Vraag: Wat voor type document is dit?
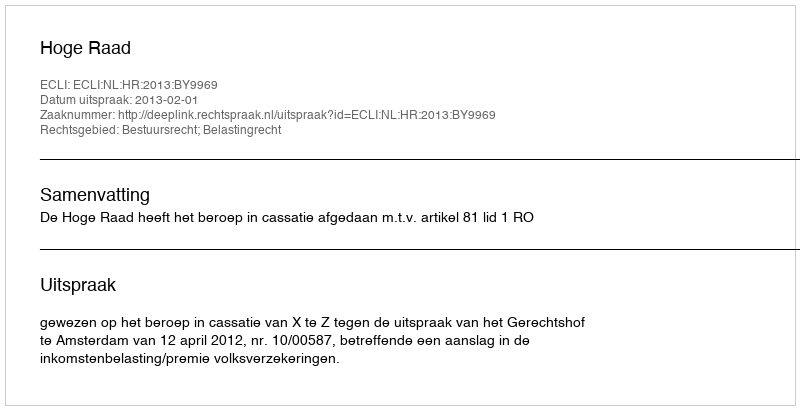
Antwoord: Uitspraak